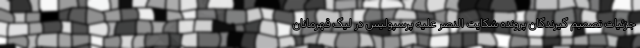
جزئیات تصمیم گیرندگان پرونده شکایت النصر علیه پرسپولیس در لیگ قهرمانان